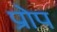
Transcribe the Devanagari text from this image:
प्रोप